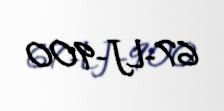
67-LJ-900